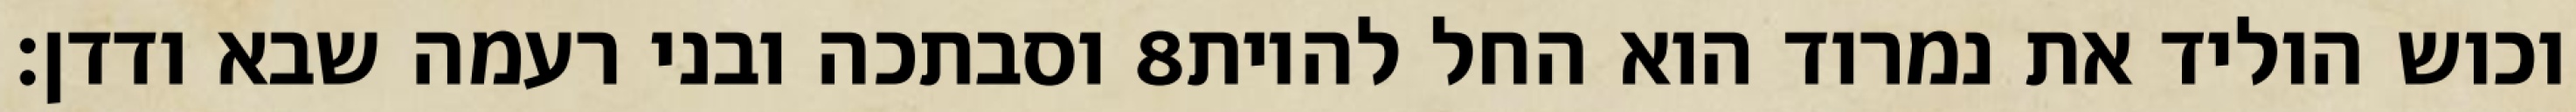
וסבתכה ובני רעמה שבא ודדן׃ ‎8‏ וכוש הוליד את נמרוד הוא החל להיות